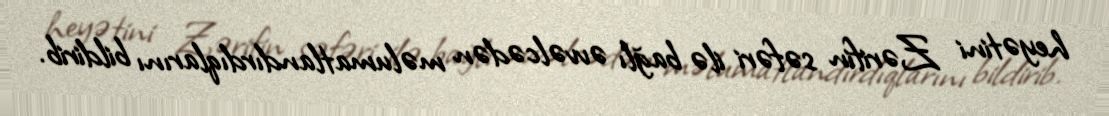
heyətini Zərifin səfəri ilə bağlı əvvəlcədən məlumatlandırdıqlarını bildirib.